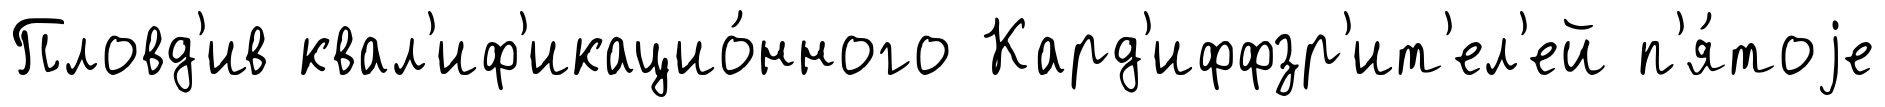
Пловд'ив квал'иф'икацио́нного Кард'иффзр'ит'ел'ей п'я́тоjе